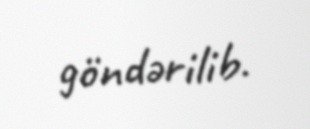
göndərilib.